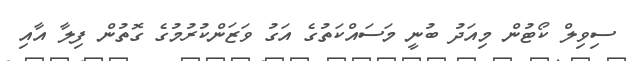
ސިވިލް ކޯޓުން މިއަދު ބުނީ މަސައްކަތުގެ އަގު ވަޒަންކުރުމުގެ ގޮތުން ފިލާ އާއި